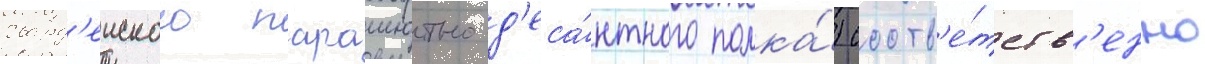
гвард'еиского парашютно-д'еса́нтного полка́) соотв'е́тств'енно